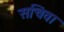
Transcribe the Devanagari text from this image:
सचिवा